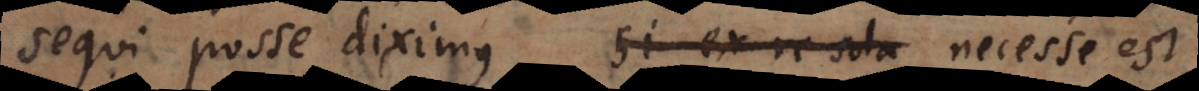
sequi posse diximus. si ex re sola Necesse est